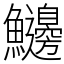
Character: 𩽲